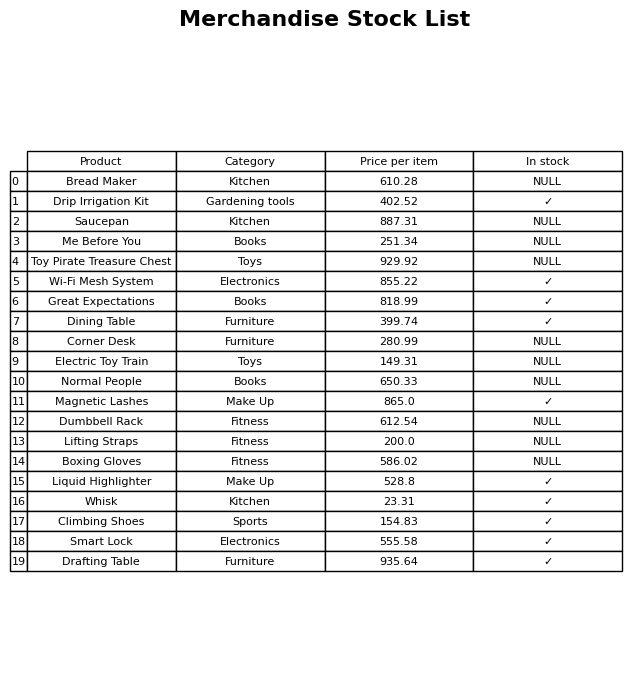
question: What is the price of the Saucepan?
answer: The price of Saucepan is 887.31.